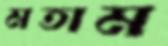
মতাম